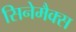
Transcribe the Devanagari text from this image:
सिनेमैक्स